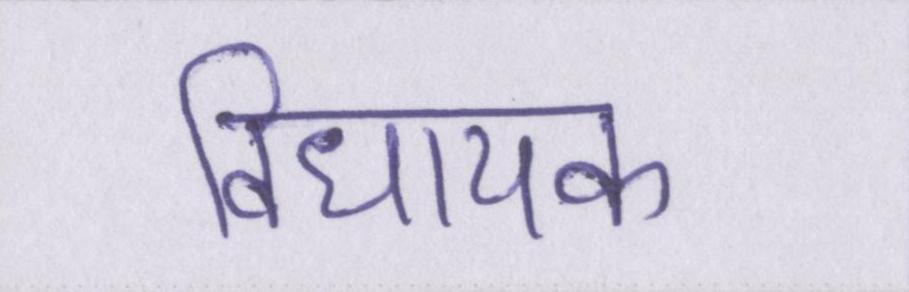
विधायक